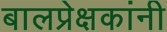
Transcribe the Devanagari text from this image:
बालप्रेक्षकांनी